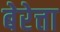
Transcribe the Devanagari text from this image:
बेरेत्ता